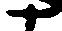
十